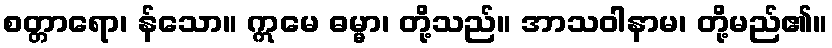
စတ္တာရော၊ န်သော။ ဣမေ ဓမ္မာ၊ တို့သည်။ အာသဝါနာမ၊ တို့မည်၏။